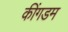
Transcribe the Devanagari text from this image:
कींगडम